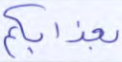
بعذابكم